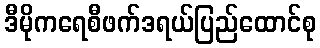
ဒီမိုကရေစီဖက်ဒရယ်ပြည်ထောင်စု